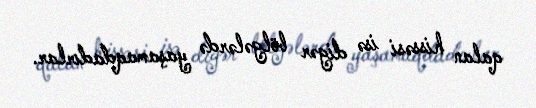
qalan hissəsi isə digər bölgələrdə yaşamaqdadırlar.